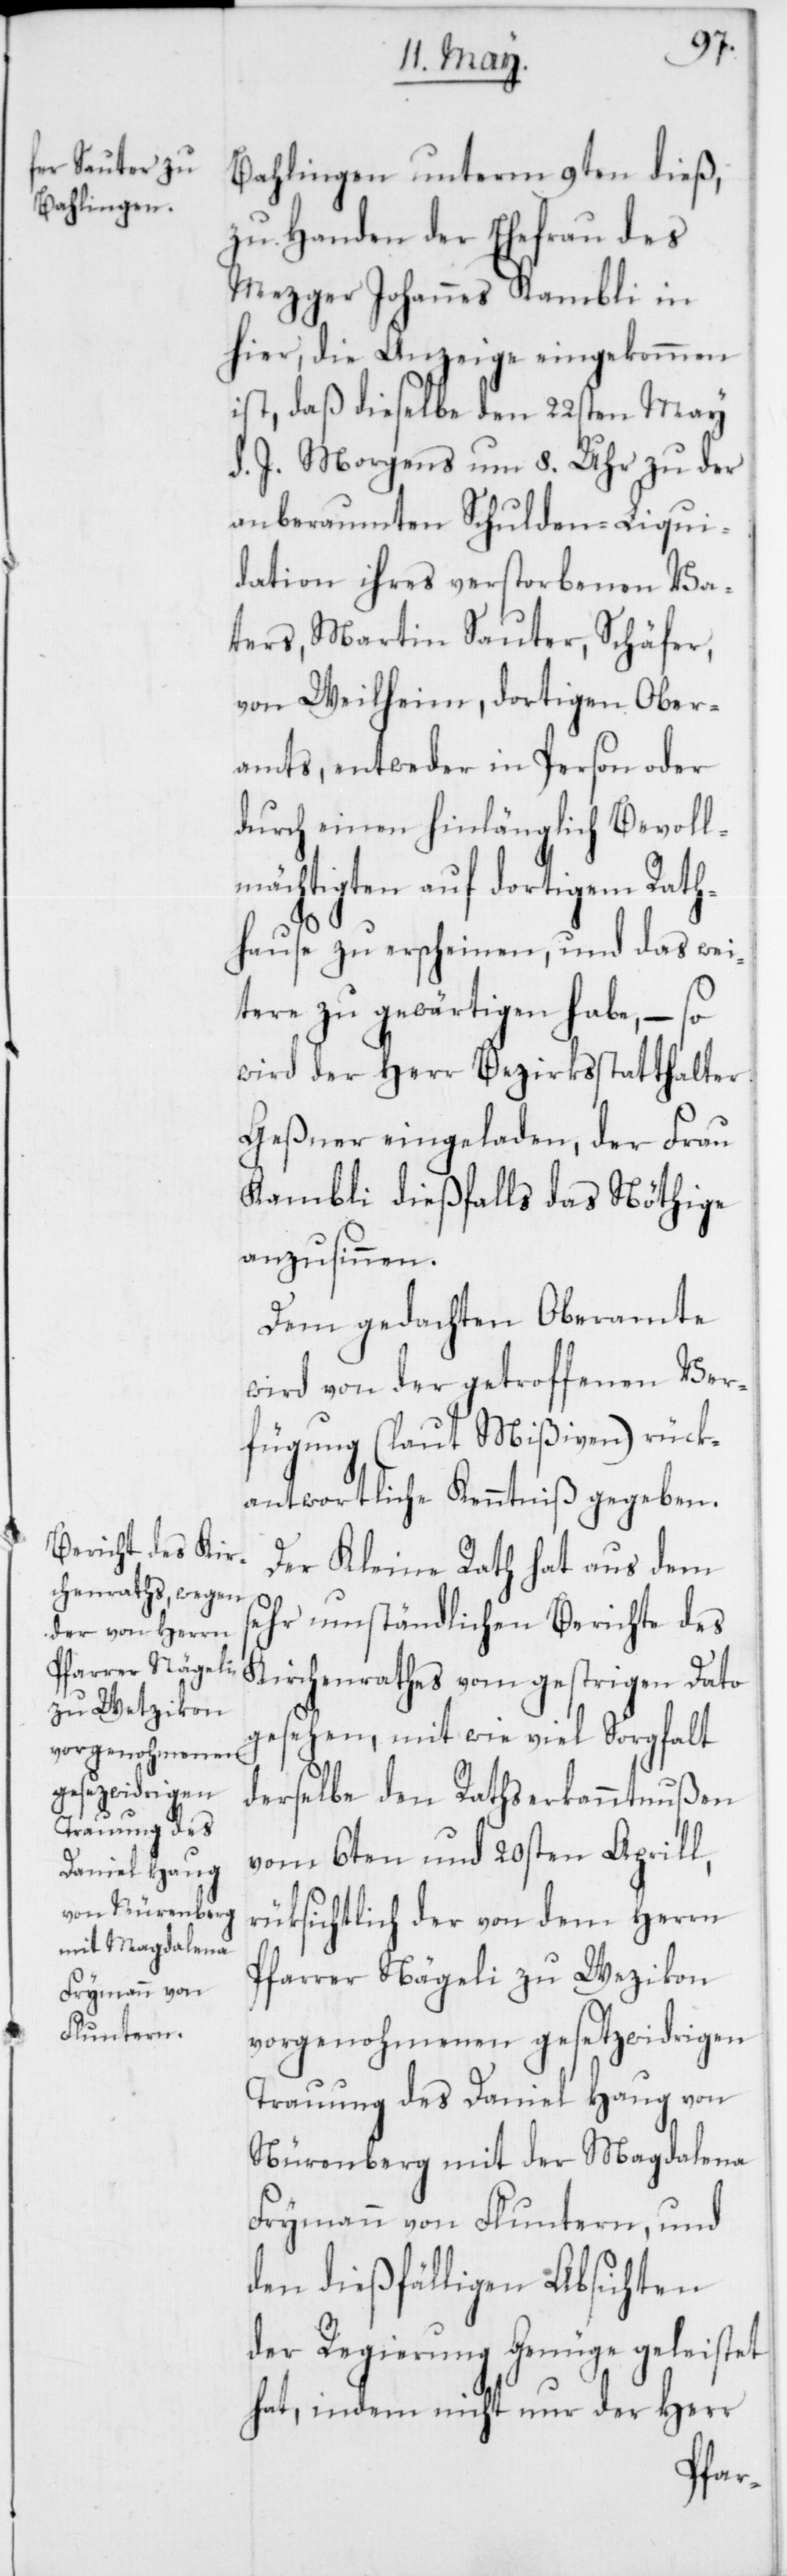
Bahlingen unterm 9ten dieß,
zu Handen der Ehefrau des
Mezger Johannes Kambli in
hier, die Anzeige eingekommen
ist, daß dieselbe den 22sten May
d. J. Morgens um 8. Uhr zu der
anberaumten Schulden-Liqui¬
dation ihres verstorbenen Va¬
ters, Martin Sauter, Schäfer,
von Weilheim, dortigen Ober¬
amts, entweder in Person oder
durch einen hinlänglich Bevoll¬
mächtigen auf dortigem Rath¬
hause zu erscheinen, und das wei¬
tere zu gewärtigen habe, – so
wird der Herr Bezirksstatthalter
Geßner eingeladen, der Frau
Kambli dießfalls das Nöthige
anzusinnen.
Dem gedachten Oberamte
wird von der getroffenen Ver¬
fügung (laut Mißiven) rück¬
antwortliche Kenntniß gegeben.
Der Kleine Rath hat aus dem
sehr umständlichen Berichte des
Kirchenrathes vom gestrigen Dato
gesehen, mit wie viel Sorgfalt
derselbe den Rathserkanntnußen
vom 6ten und 20sten Aprill,
rüksichtlich der von dem Herrn
Pfarrer Nägeli zu Wezikon
vorgenohmenen gesetzwidrigen
Trauung des Daniel Haug von
Nürenberg mit der Magdalena
Frymann von Fluntern, und
den dießfälligen Absichten
der Regierung Genüge geleistet
hat, indem nicht nur der Herr